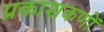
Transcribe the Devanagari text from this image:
प्रकाशकणों